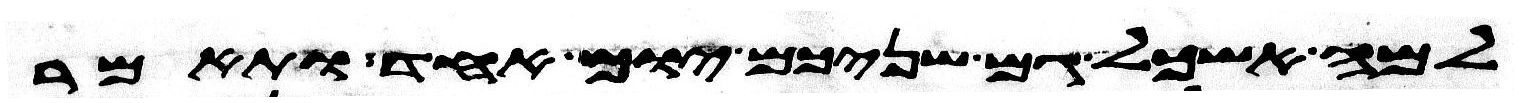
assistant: למה אשכל גם שניכם יום אחד ותאמר